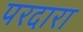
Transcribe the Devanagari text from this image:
परदारा